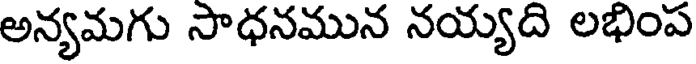
అన్యమగు సాధనమున నయ్యది లభింప